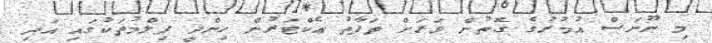
މި ނޫނަސް އުމުރުގެ ގޮތުން ވަރަށް ތަފާތު އެކްޓަރުން ހިންދީ ފިލްމުތަކުގައި އަދި